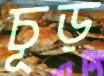
চূড়